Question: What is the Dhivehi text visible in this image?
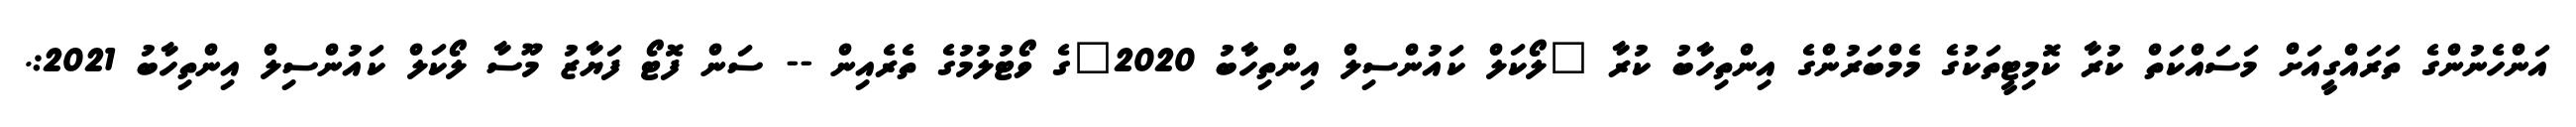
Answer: އަންހެނުންގެ ތަރައްގީއަށް މަސައްކަތް ކުރާ ކޮމިޓީތަކުގެ މެމްބަރުންގެ އިންތިހާބު ކުރާ "ލޯކަލް ކައުންސިލް އިންތިހާބު 2020"ގެ ވޯޓުލުމުގެ ތެރެއިން -- ސަން ފޮޓޯ ފަޔާޒު މޫސާ ލޯކަލް ކައުންސިލް އިންތިހާބު 2021:.